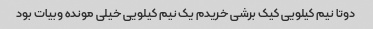
دوتا نیم کیلویی کیک برشی خریدم یک نیم کیلویی خیلی مونده وبیات بود